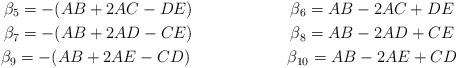
LaTeX: \begin{gather*}\beta_{5}=-(AB+2AC-DE)\qquad\qquad\qquad\beta_{6}=AB-2AC+DE\\\beta_{7}=-(AB+2AD-CE)\qquad\qquad\qquad\beta_{8}=AB-2AD+CE\\\beta_{9}=-(AB+2AE-CD)\qquad\qquad\qquad\beta_{10}=AB-2AE+CD\end{gather*}